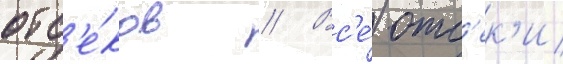
отс'е́ков // Вс'е́ отс'ек'и